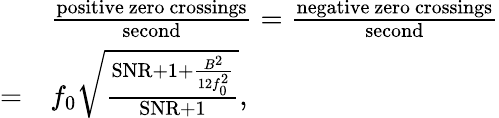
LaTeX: {\begin{array}{rl}&{{\frac{\mathrm{positive~zero~crossings}}{\mathrm{second}}}={\frac{\mathrm{negative~zero~crossings}}{\mathrm{second}}}}\\ {=}&{f_{0}{\sqrt{\frac{{\mathrm{SNR}}+1+{\frac{B^{2}}{12f_{0}^{2}}}}{{\mathrm{SNR}}+1}}},}\end{array}}